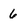
Character: 6